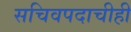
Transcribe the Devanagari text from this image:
सचिवपदाचीही